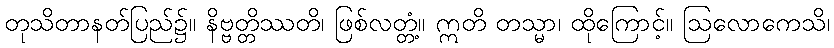
တုသိတာနတ်ပြည်၌။ နိဗ္ဗတ္တိဿတိ၊ ဖြစ်လတ္တံ့။ ဣတိ တသ္မာ၊ ထိုကြောင့်။ ဩလောကေသိ၊